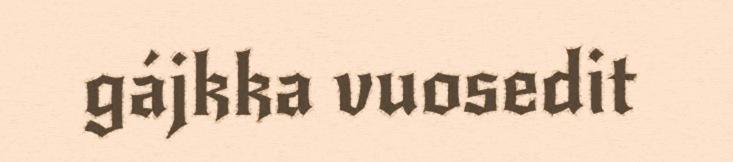
gájkka vuosedit